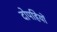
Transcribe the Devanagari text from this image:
दोपहियों